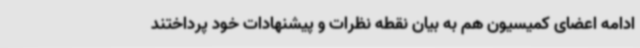
ادامه اعضای کمیسیون هم به بیان نقطه نظرات و پیشنهادات خود پرداختند